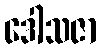
ဒေါသဇာ